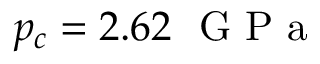
p _ { c } = 2 . 6 2 ~ \mathrm { ~ G ~ P ~ a ~ }